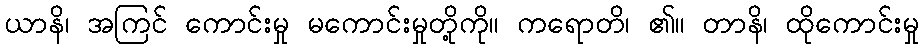
ယာနိ၊ အကြင် ကောင်းမှု မကောင်းမှုတို့ကို။ ကရောတိ၊ ၏။ တာနိ၊ ထိုကောင်းမှု